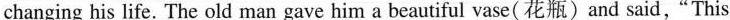
changing his life. The old man gave him a beautiful vase(花瓶)and said,"This